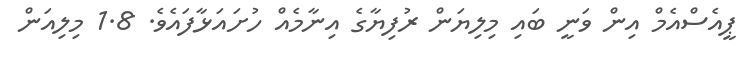
ޕީއެސްއެމް އިން ވަނީ ބައި މިލިޔަން ރުފިޔާގެ އިނާމެއް ހުށައަޅާފައެވެ. 1.8 މިލިއަން